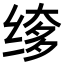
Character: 𬘲